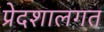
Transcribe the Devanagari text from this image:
प्रेदशालगत